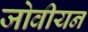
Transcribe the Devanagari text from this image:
जोवीयन